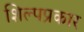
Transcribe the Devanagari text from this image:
शिल्पप्रकार